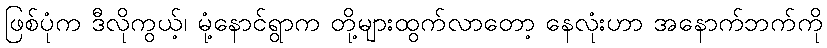
ဖြစ်ပုံက ဒီလိုကွယ့်၊ မုံ့နောင်ရွာက တို့များထွက်လာတော့ နေလုံးဟာ အနောက်ဘက်ကို